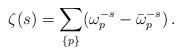
LaTeX: \begin{align*}\zeta (s)=\sum_{\{p\}}(\omega_p^{-s}-\bar {\omega}_p^{-s})\,{.}\end{align*}